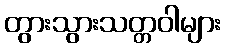
တွားသွားသတ္တဝါများ